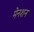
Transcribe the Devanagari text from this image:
मेनशन